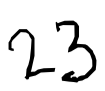
Text: 23
Cross-out: clean
Writing tool: digital_black